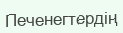
Печенегтердің